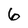
Character: 6